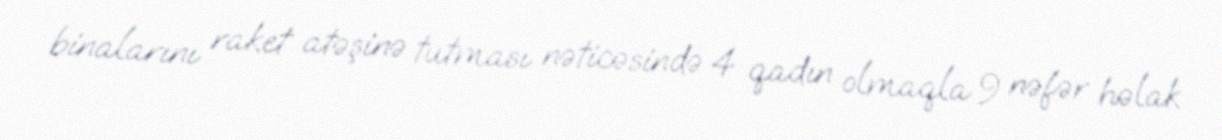
binalarını raket atəşinə tutması nəticəsində 4 qadın olmaqla 9 nəfər həlak